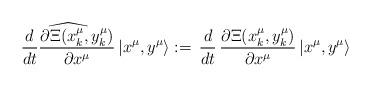
LaTeX: \begin{align*}\widehat{\frac{d}{dt}\frac{\partial \Xi({x}^\mu_k,{y}^\mu_k)}{\partial x^\mu}}\,|x^\mu,y^\mu\rangle :=\,\frac{d}{d t}\,\frac{\partial \Xi({x}^\mu_k,{y}^\mu_k)}{\partial x^\mu}\,|x^\mu,y^\mu\rangle\end{align*}